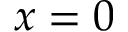
x = 0